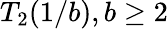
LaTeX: T_{2}(1/b),b\geq 2